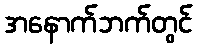
အနောက်ဘက်တွင်